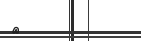
٧